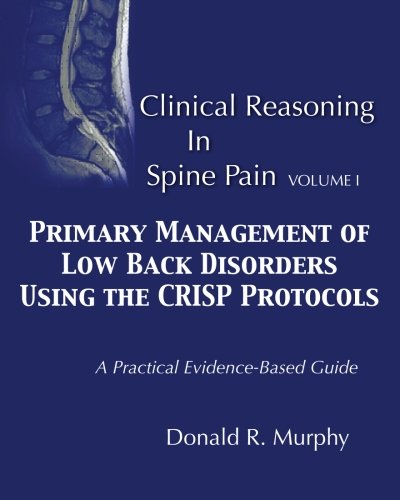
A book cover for Clinical Reasoning in Spine Pain.  Volume I: Primary Management of Low Back Disorders Using the CRISP Protocols (Volume 1); Dr. Donald R. Murphy; Medical Books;